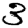
Digit: 3